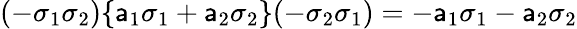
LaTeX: (-\sigma_{1}\sigma_{2})\{ \mathsf{a}_{1}\sigma_{1}+\mathsf{a}_{2}\sigma_{2}\} (-\sigma_{2}\sigma_{1})=-\mathsf{a}_{1}\sigma_{1}-\mathsf{a}_{2}\sigma_{2}